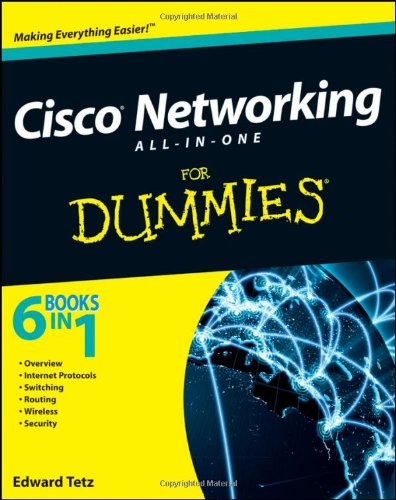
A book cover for Cisco Networking All-in-One For Dummies; Edward Tetz; Engineering & Transportation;